Plague in India, 1896, 1897 - Volume 2
Year: 1896
Disease focus: Plague
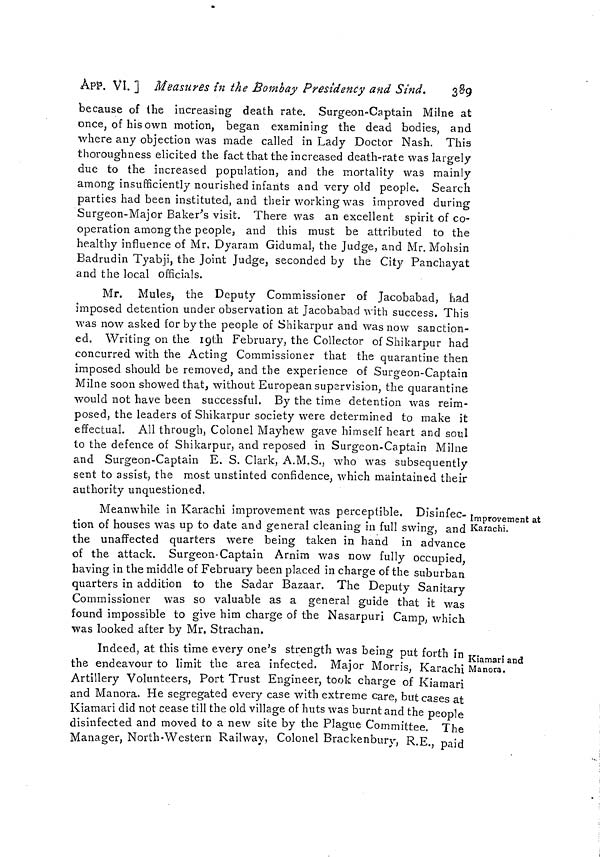
AP?. VI. ] Measures in the Bombay Presidency and Sind.
389
because of the increasing death rate. Surgeon-Captain Milne at
once, of his own motion, began examining the dead bodies, and
where any objection was made called in Lady Doctor Nash. This
thoroughness elicited the fact that the increased death-rate was largely
due to the increased population and the mortality was mainly
among- insufficiently nourished infants and very old people. Search
parties had been instituted, and their working was improved during
Surgeon-Major Baker's visit. There was an excellent spirit of co-
operation among the people, and this must be attributed to the
healthy influence of Mr, Dyaram Gidumal, the Judge, and Mr. Mohsin
Badrudin Tyabji, the Joint Judge, seconded by the City Panchayat
and the local officials.
Mr. Mules, the Deputy Commissioner of Jacobabad, had
imposed detention under observation at Jacobabad with success. This
was now asked for by the people of Shikarpur and was now sanction-
ed. Writing on the 19th February, the Collector of Shikarpur had
concurred with the Acting Commissioner that the quarantine then
imposed should be removed, and the experience of Surgeon-Captain
Milne soon showed that, without European supervision, the quarantine
would not have been successful. By the time detention was reim-
posed, the leaders of Shikarpur society were determined to make it
effectual. All through, Colonel Mayhew gave himself heart and soul
to the defence of Shikarpur, and reposed in Surgeon-Captain Milne
and Surgeon-Captain E. S. Clark, A.M.S., who was subsequently
sent to assist, the most unstinted confidence, which maintained their
authority unquestioned.
Improvement at
Karachi.
Meanwhile in Karachi improvement was perceptible. Disinfec-
tion of houses was up to date and general cleaning in full swing, and
the unaffected quarters were being taken in hand in advance
of the attack. Surgeon-Captain Arnim was now fully occupied,
having in the middle of February been placed in charge of the suburban
quarters in addition to the Sadar Bazaar. The Deputy Sanitary
Commissioner was so valuable as a general guide that it was
found impossible to give him charge of the Nasarpuri Camp, which
was looked after by Mr. Strachan.
Kiamari and
Manora.
Indeed, at this time every one's strength was being put forth in
the endeavour to limit the area infected. Major Morris, Karachi
Artillery Volunteers, Port Trust Engineer, took charge of Kiamari
and Manora. He segregated every case with extreme care, but cases at
Kiamari did not cease till the old village of huts was burnt and the people
disinfected and moved to a new site by the Plague Committee. The
Manager, North-Western Railway, Colonel Brackenbury, R.E., paid